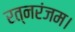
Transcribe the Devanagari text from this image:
रत्नरंजम।